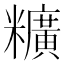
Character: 䊯